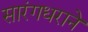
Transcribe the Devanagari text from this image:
सारंगधराने